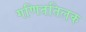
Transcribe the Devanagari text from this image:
गणिततिलक